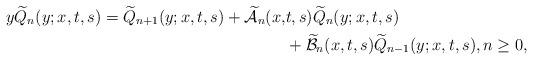
LaTeX: \begin{align*}y\widetilde{Q}_n(y;x,t,s)=\widetilde{Q}_{n+1}(y;x,t,s)+\mathcal{\widetilde{A}}_{n}(x,&t,s)\widetilde{Q}_n(y;x,t,s)\\&+\mathcal{\widetilde{B}}_{n}(x,t,s)\widetilde{Q}_{n-1}(y;x,t,s), n \geq0,\end{align*}